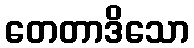
တေတာဒိသော